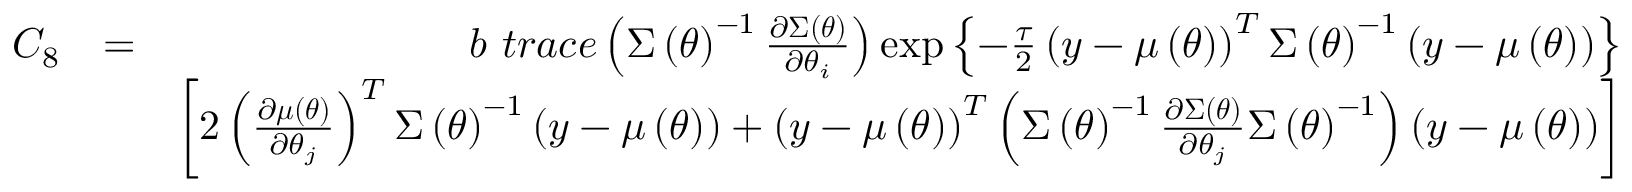
\begin{array} { r l r } { C _ { 8 } } & { = } & { b \mathrm { ~ } t r a c e \left( \boldsymbol { \Sigma } \left( \boldsymbol { \theta } \right) ^ { - 1 } \frac { \partial \boldsymbol { \Sigma } \left( \boldsymbol { \theta } \right) } { \partial \theta _ { i } } \right) \exp \left\{ - \frac { \tau } { 2 } \left( \boldsymbol { y } - \boldsymbol { \mu } \left( \boldsymbol { \theta } \right) \right) ^ { T } \boldsymbol { \Sigma } \left( \boldsymbol { \theta } \right) ^ { - 1 } \left( \boldsymbol { y } - \boldsymbol { \mu } \left( \boldsymbol { \theta } \right) \right) \right\} } \\ & { } & { \left[ 2 \left( \frac { \partial \boldsymbol { \mu } \left( \boldsymbol { \theta } \right) } { \partial \theta _ { j } } \right) ^ { T } \boldsymbol { \Sigma } \left( \boldsymbol { \theta } \right) ^ { - 1 } \left( \boldsymbol { y } - \boldsymbol { \mu } \left( \boldsymbol { \theta } \right) \right) + \left( \boldsymbol { y } - \boldsymbol { \mu } \left( \boldsymbol { \theta } \right) \right) ^ { T } \left( \boldsymbol { \Sigma } \left( \boldsymbol { \theta } \right) ^ { - 1 } \frac { \partial \boldsymbol { \Sigma } \left( \boldsymbol { \theta } \right) } { \partial \theta _ { j } } \boldsymbol { \Sigma } \left( \boldsymbol { \theta } \right) ^ { - 1 } \right) \left( \boldsymbol { y } - \boldsymbol { \mu } \left( \boldsymbol { \theta } \right) \right) \right] } \end{array}